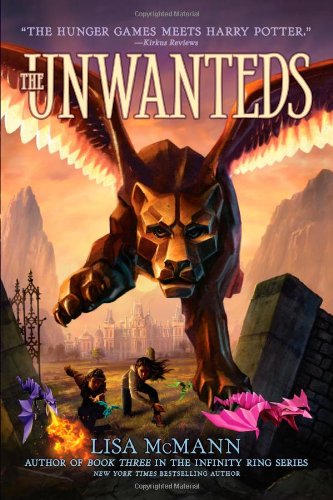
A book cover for The Unwanteds; Lisa McMann; Children's Books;